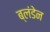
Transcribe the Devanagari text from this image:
ब्लंडेन